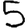
Digit: 5